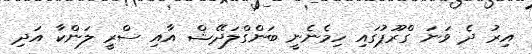
އިރު ދެ ވަނަ ގްރޫޕުގައި ހިމެނެނީ ބަންގްލަދޭޝް އާއި ސްރީ ލަންކާ އަދި